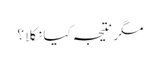
مگر نتیجہ کیا نکلا ؟